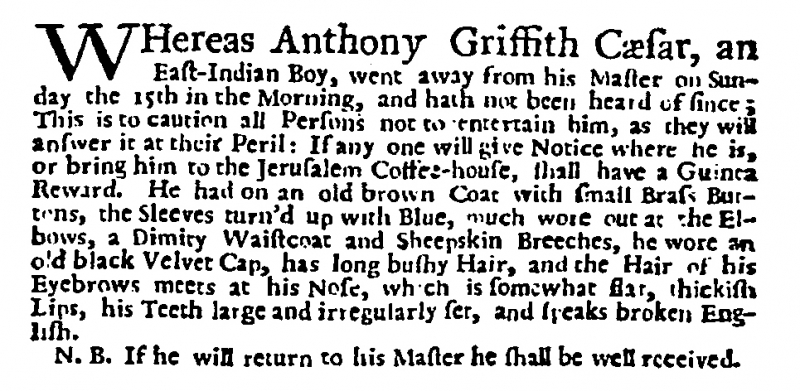
Daily Post, 27 August 1731 (England)
WHereas Anthony Griffith Cæsar, an East-Indian Boy, went away from his Master on Sunday the 15th in the Morning, and hath not been heard of since; This is to caution all Persons not to entertain him, as they will answer it at their Peril: If any one will give Notice where he is, or bring him to the Jerusalem Coffee-house, shall have a Guinea Reward. He had on an old brown Coat with small Brass Buttons, the Sleeves turn’d up with Blue, much wore out at the Elbows, a Dimity Waistcoat and Sheepskin Breeches, he wore an old black Velvet Cap, has long bushy Hair, and the Hair of his Eyebrows meets at his Nose, which is somewhat flat, thickish Lips, his Teeth large and irregularly set, and speaks broken English.  N.B. If he will return to his Master he shall be well received.